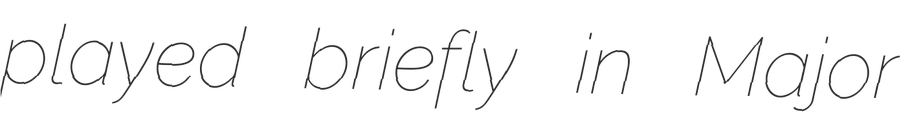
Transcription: played briefly in Major